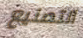
التصنيع